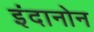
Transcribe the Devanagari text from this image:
इंदानोन